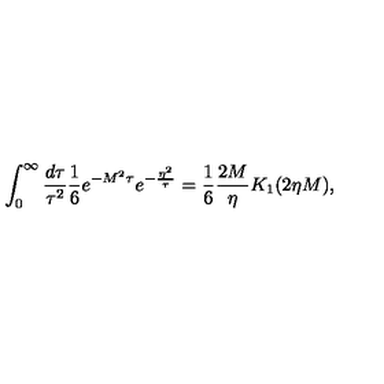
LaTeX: \int _ { 0 } ^ { \infty } \frac { d \tau } { \tau ^ { 2 } } \frac { 1 } { 6 } e ^ { - M ^ { 2 } \tau } e ^ { - \frac { \eta ^ { 2 } } { \tau } } = \frac { 1 } { 6 } \frac { 2 M } { \eta } K _ { 1 } ( 2 \eta M ) ,